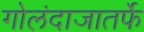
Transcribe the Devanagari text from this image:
गोलंदाजातर्फे